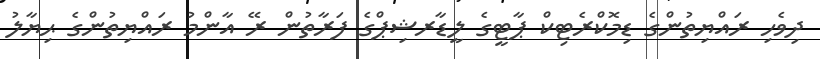
ދިވެހި ރައްޔިތުންގެ ޑިމޮކްރެޓިކް ޕާޓީގެ ލީޑާރޝިޕްގެ ފަރާތުން ރޭ އާންމު ރައްޔިތުންގެ ޙިޔާލު